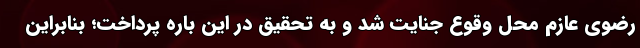
رضوی عازم محل وقوع جنایت شد و به تحقیق در این باره پرداخت؛ بنابراین